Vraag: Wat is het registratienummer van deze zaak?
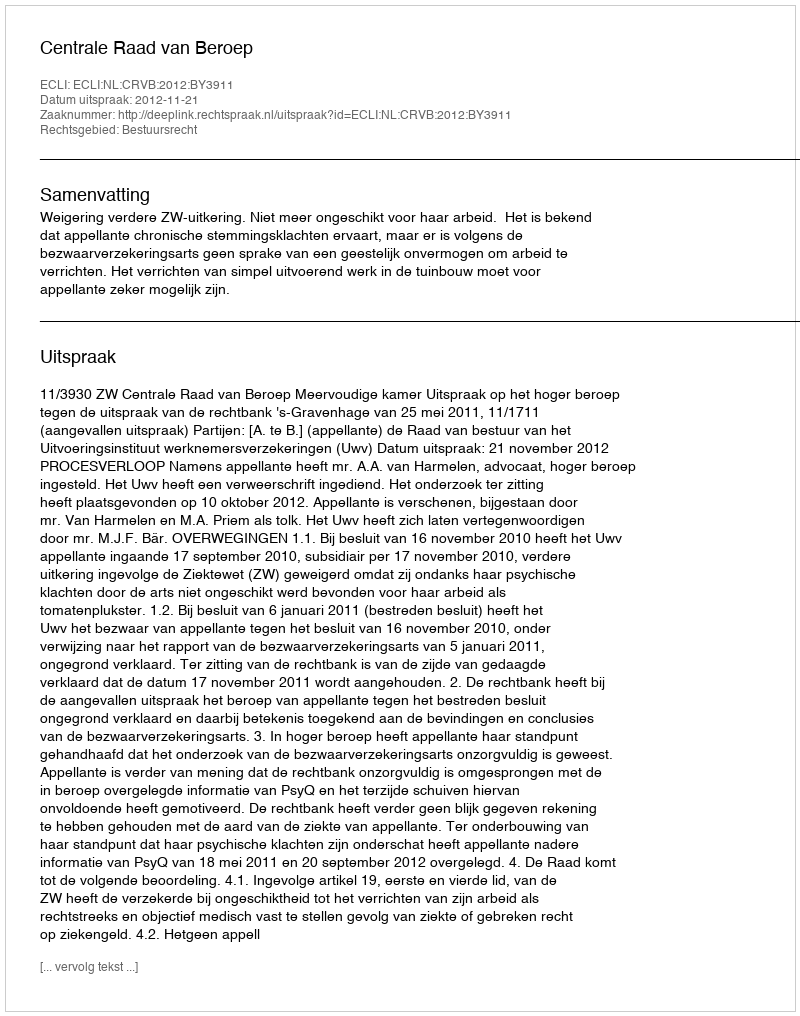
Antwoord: http://deeplink.rechtspraak.nl/uitspraak?id=ECLI:NL:CRVB:2012:BY3911